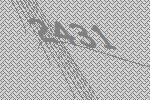
2431